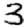
Digit: 3